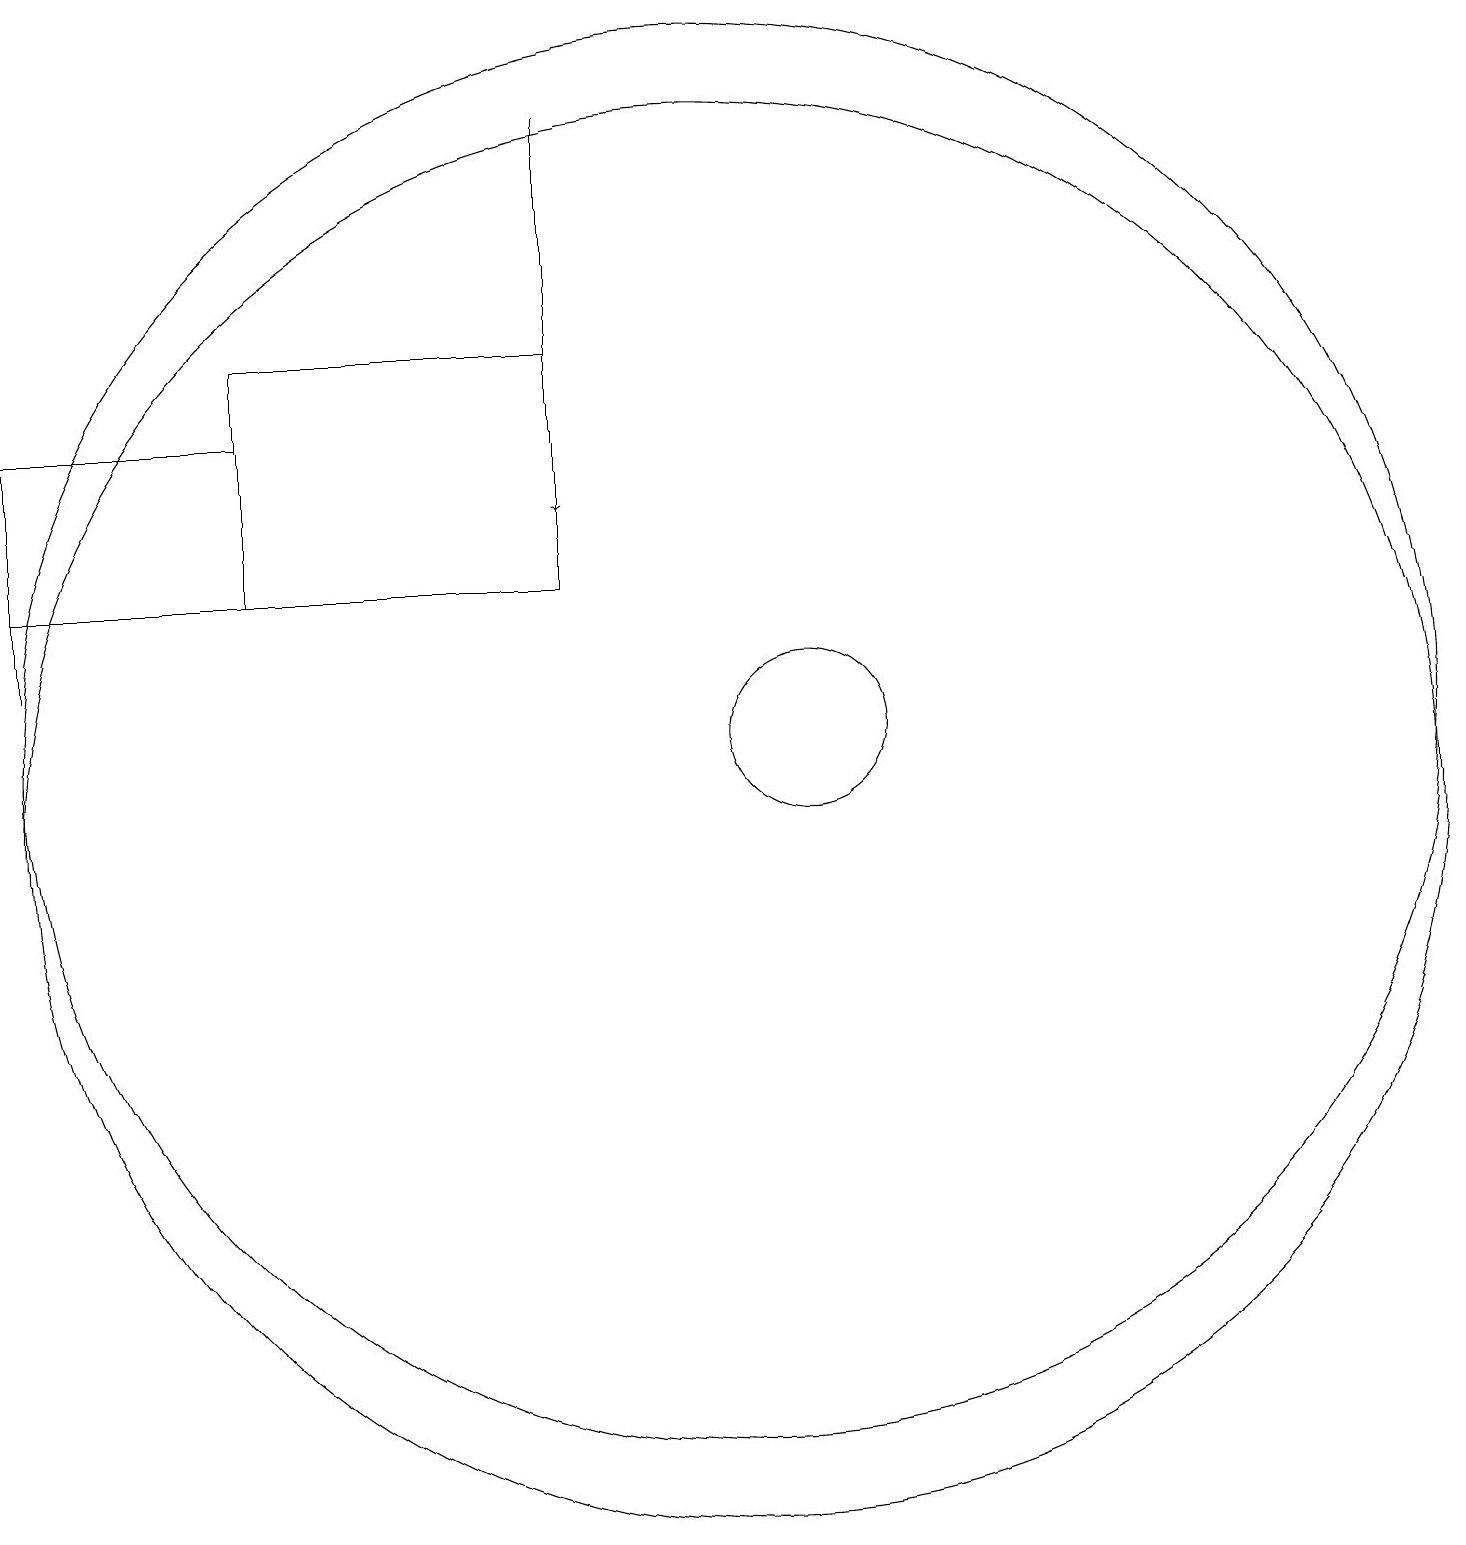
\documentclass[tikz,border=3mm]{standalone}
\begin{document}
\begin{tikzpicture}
\draw (1,13) rectangle (4,15);
\draw (4,16) rectangle (8,13);
\draw (10,11) circle (9);
\draw (1,12) rectangle (1,14);
\draw[->] (8,19) -- (8,14);
\draw (10,10) circle (9);
\draw (1,13) rectangle (1,12);
\draw (11,11) circle (1);
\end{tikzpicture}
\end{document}